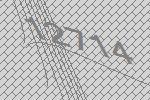
12714